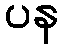
ပန